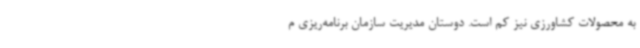
به محصولات کشاورزی نیز کم است. دوستان مدیریت سازمان برنامه‌ریزی م